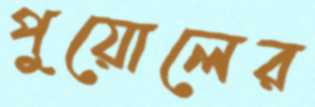
পুয়োলের